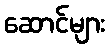
ဆောင်များ